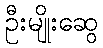
ဦးမျိုးဆွေ